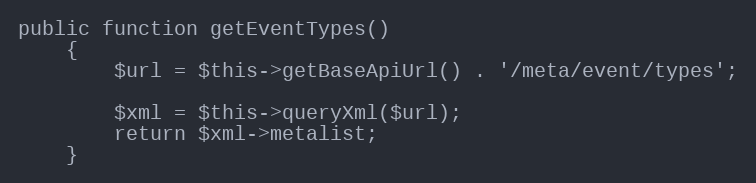
Language: PHP
public function getEventTypes()
    {
        $url = $this->getBaseApiUrl() . '/meta/event/types';

        $xml = $this->queryXml($url);
        return $xml->metalist;
    }